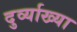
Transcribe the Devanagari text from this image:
दुर्व्याख्या